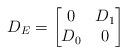
LaTeX: \begin{align*} D_{E}= \begin{bmatrix} 0 & D_1 \\ D_0 & 0 \end{bmatrix} \end{align*}